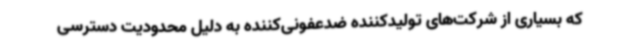
که بسیاری از شرکت‌های تولیدکننده ضدعفونی‌کننده به دلیل محدودیت دسترسی